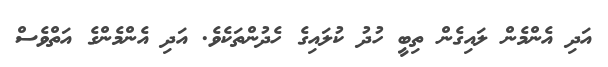
އަދި އެންމެން ލައިގެން ތިބީ ހުދު ކުލައިގެ ހެދުންތަކެވެ. އަދި އެންމެންގެ އަތްވެސް